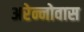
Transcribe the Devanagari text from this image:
अरेन्नोवास